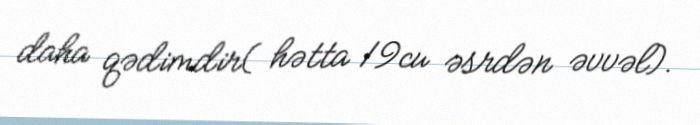
daha qədimdir( hətta 19cu əsrdən əvvəl).